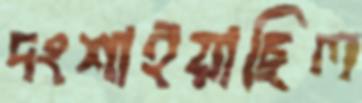
দংশাইয়াছিল